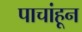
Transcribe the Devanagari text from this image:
पाचांहून